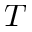
T